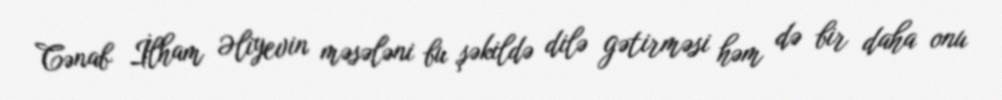
Cənab İlham Əliyevin məsələni bu şəkildə dilə gətirməsi həm də bir daha onu